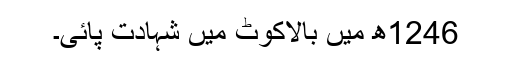
1246ھ میں بالاکوٹ میں شہادت پائی۔